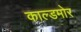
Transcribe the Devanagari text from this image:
काल्डमोर